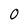
Character: 0